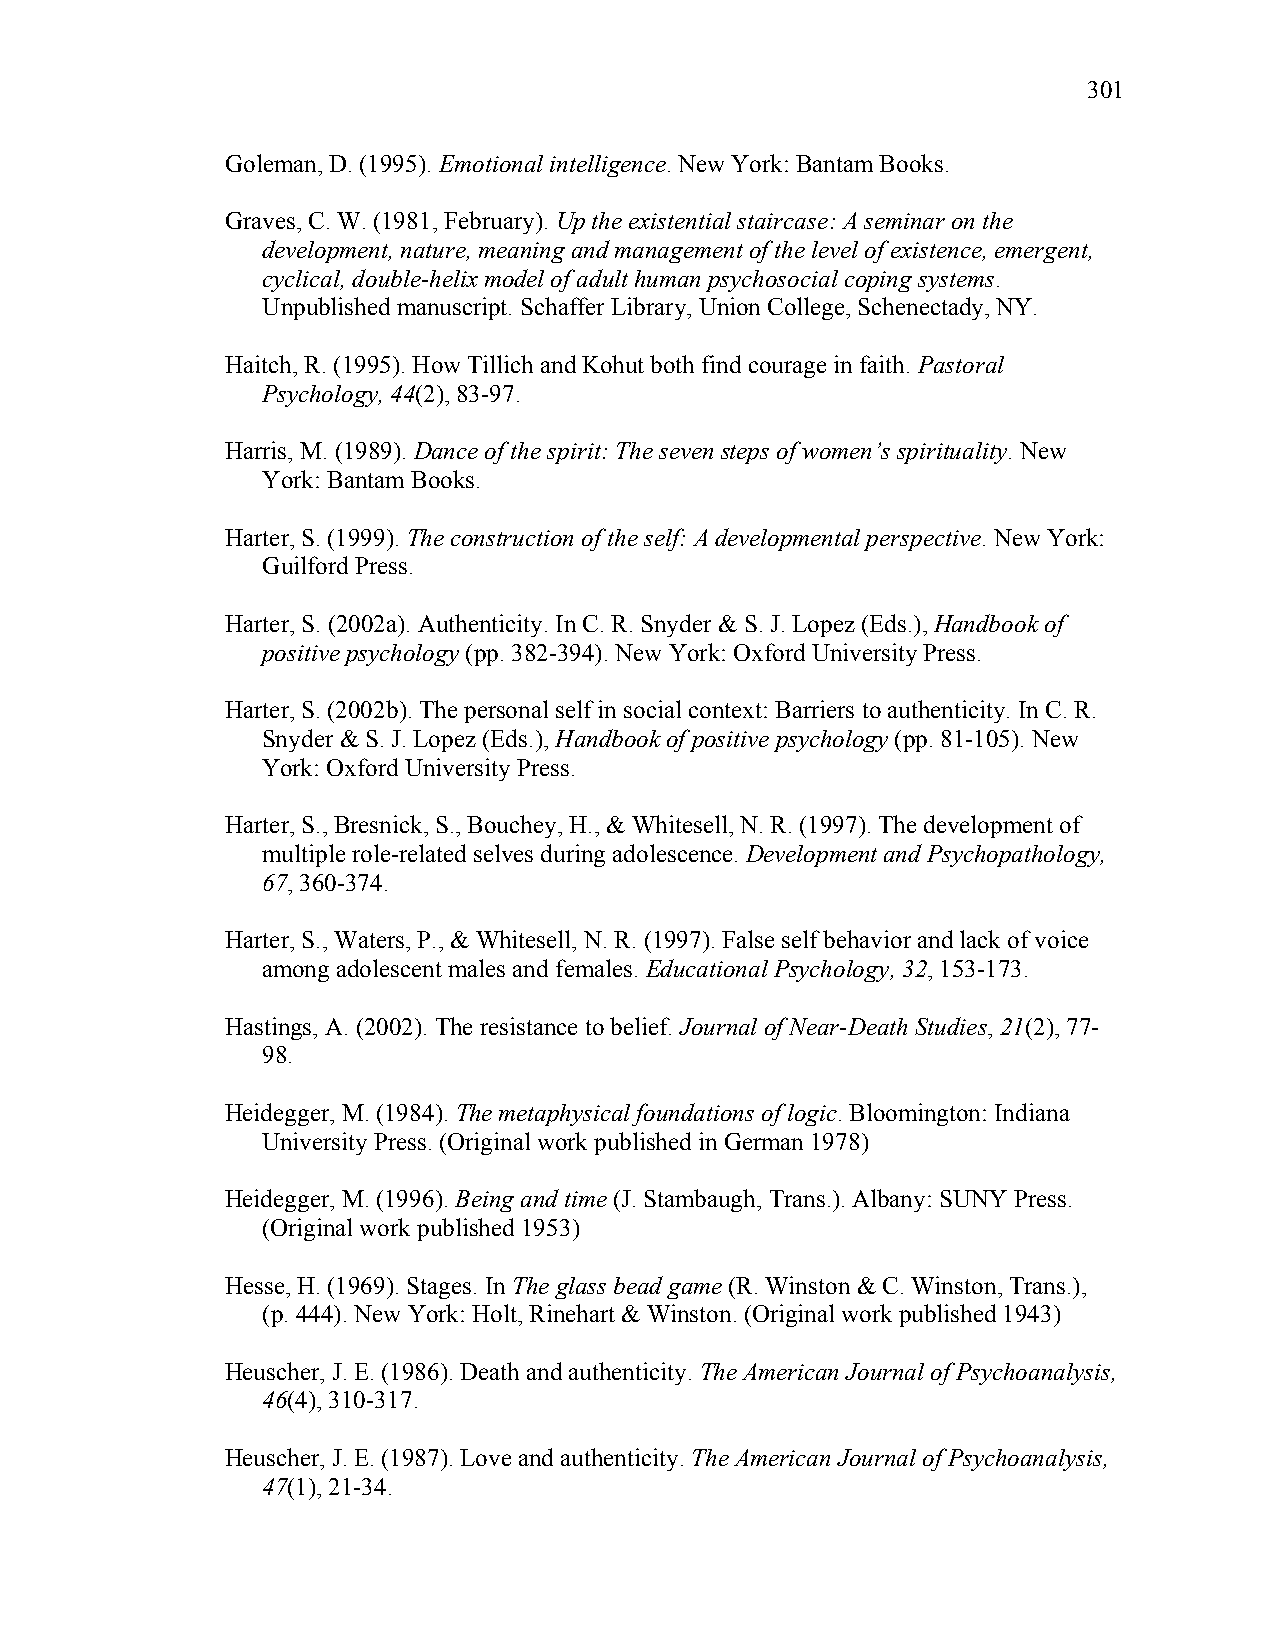
301
 Goleman, D. (1995). Emotional intelligence. New York: Bantam Books.
 Graves, C. W. (1981, February). Up the existential staircase: A seminar on the
 development, nature, meaning and management of the level of existence, emergent,
 cyclical, double-helix model of adult human psychosocial coping systems.
 Unpublished manuscript. Schaffer Library, Union College, Schenectady, NY.
 Haitch, R. (1995). How Tillich and Kohut both find courage in faith. Pastoral
 Psychology, 44(2), 83-97.
 Harris, M. (1989). Dance of the spirit: The seven steps of women’s spirituality. New
 York: Bantam Books.
 Harter, S. (1999). The construction of the self: A developmental perspective. New York:
 Guilford Press.
 Harter, S. (2002a). Authenticity. In C. R. Snyder & S. J. Lopez (Eds.), Handbook of
 positive psychology (pp. 382-394). New York: Oxford University Press.
 Harter, S. (2002b). The personal self in social context: Barriers to authenticity. In C. R.
 Snyder & S. J. Lopez (Eds.), Handbook of positive psychology (pp. 81-105). New
 York: Oxford University Press.
 Harter, S., Bresnick, S., Bouchey, H., & Whitesell, N. R. (1997). The development of
 multiple role-related selves during adolescence. Development and Psychopathology,
 67, 360-374.
 Harter, S., Waters, P., & Whitesell, N. R. (1997). False self behavior and lack of voice
 among adolescent males and females. Educational Psychology, 32, 153-173.
 Hastings, A. (2002). The resistance to belief. Journal of Near-Death Studies, 21(2), 77-
 98.
 Heidegger, M. (1984). The metaphysical foundations of logic. Bloomington: Indiana
 University Press. (Original work published in German 1978)
 Heidegger, M. (1996). Being and time (J. Stambaugh, Trans.). Albany: SUNY Press.
 (Original work published 1953)
 Hesse, H. (1969). Stages. In The glass bead game (R. Winston & C. Winston, Trans.),
 (p. 444). New York: Holt, Rinehart & Winston. (Original work published 1943)
 Heuscher, J. E. (1986). Death and authenticity. The American Journal of Psychoanalysis,
 46(4), 310-317.
 Heuscher, J. E. (1987). Love and authenticity. The American Journal of Psychoanalysis,
 47(1), 21-34.